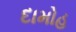
દામોહ